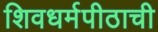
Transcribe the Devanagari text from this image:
शिवधर्मपीठाची